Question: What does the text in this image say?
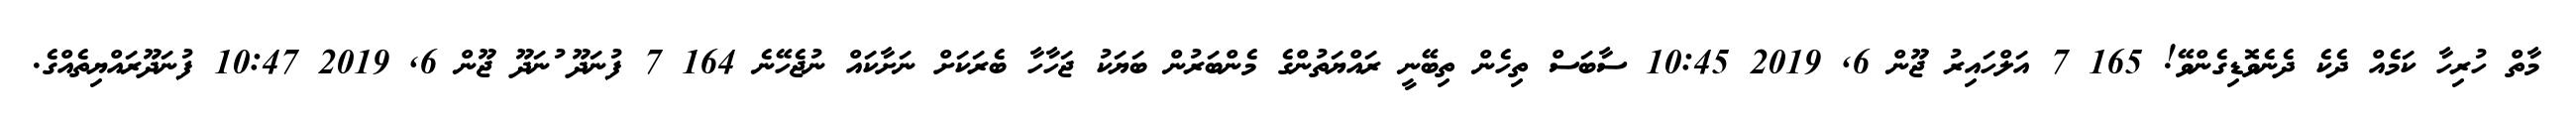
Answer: މާތް ހުރިހާ ކަމެއް ދެކެ ދެނެވޮޑިގެންވޭ! 165 7 އަލްހައިރު ޖޫން 6, 2019 10:45 ސާބަސް ތިހެން ތިބޭނީ ރައްޔަތުންގެ މެންބަރުން ބަޔަކު ޖަހާހާ ބެރަކަށް ނަށާކައް ނުޖެހޭނެ 164 7 ފުނަދޫ ުނަދޫ ޖޫން 6, 2019 10:47 ފުނަދޫރައްޔިތެއްގެ.